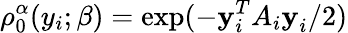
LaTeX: \rho_{0}^{\alpha}(y_{i};\beta)=\exp(-\textbf{y}_{i}^{T}A_{i}\textbf{y}_{i}/2)